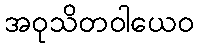
အဝုသိတဝါယေဝ